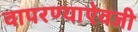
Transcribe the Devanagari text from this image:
वापरण्याऐवजी